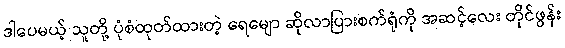
ဒါပေမယ့် သူတို့ ပုံစံထုတ်ထားတဲ့ ရေမျော ဆိုလာပြားစက်ရုံကို အဆင့်လေး တိုင်ဖွန်း